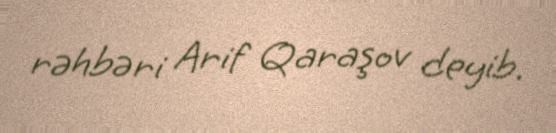
rəhbəri Arif Qaraşov deyib.